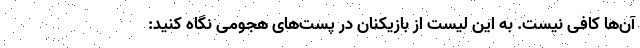
آن‌ها کافی نیست. به این لیست از بازیکنان در پست‌های هجومی نگاه کنید: